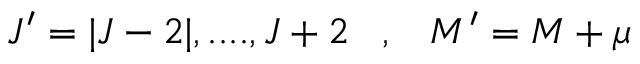
J ^ { \prime } = | J - 2 | , . . . . , J + 2 \; \; \; , \; \; \; M ^ { \prime } = M + \mu